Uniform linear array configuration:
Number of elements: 24
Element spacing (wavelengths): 0.25
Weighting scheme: cosine
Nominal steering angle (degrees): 30
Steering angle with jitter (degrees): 30.822
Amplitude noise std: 0.05
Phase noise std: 0.05

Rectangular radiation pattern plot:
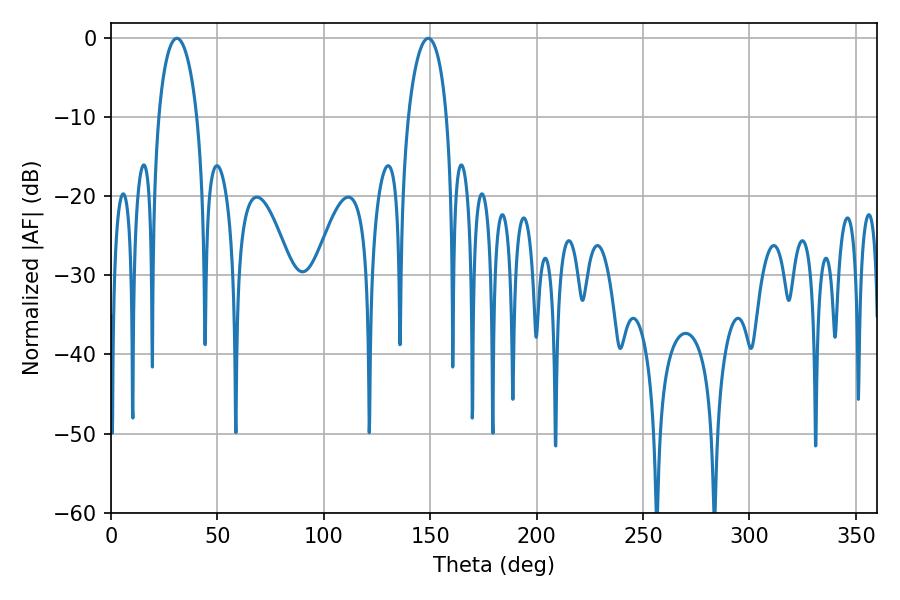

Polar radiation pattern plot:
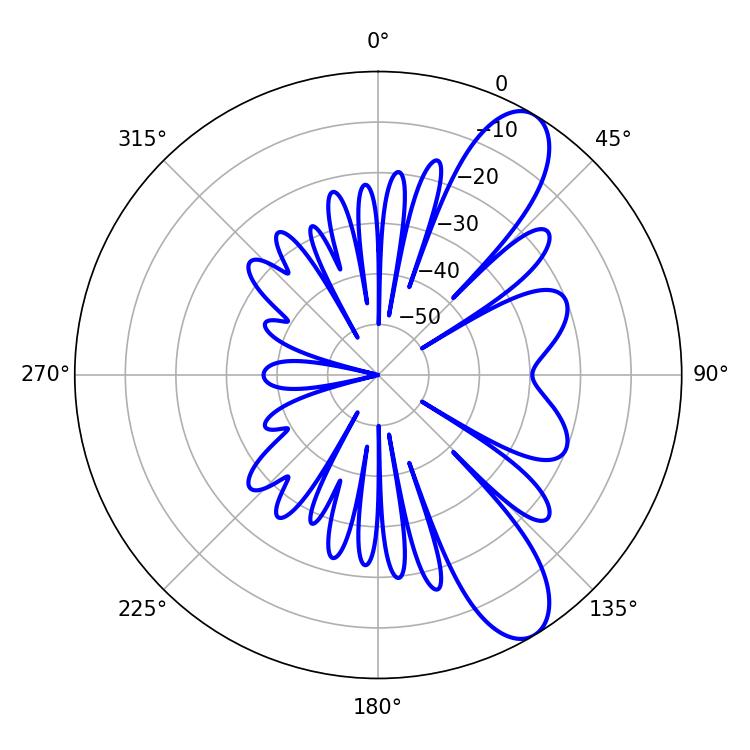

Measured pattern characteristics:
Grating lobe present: FALSE
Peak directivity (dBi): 9.917
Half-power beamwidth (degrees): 10.26
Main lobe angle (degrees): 30.96